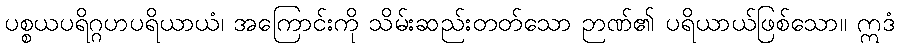
ပစ္စယပရိဂ္ဂဟပရိယာယံ၊ အကြောင်းကို သိမ်းဆည်းတတ်သော ဉာဏ်၏ ပရိယာယ်ဖြစ်သော။ ဣဒံ